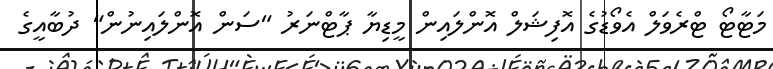
މަޓާޓޯ ޓްރެވަލް އެވޯޑުގެ އޮފިޝަލް އޮންލައިން މީޑިޔާ ޕާޓްނަރު "ސަން އޮންލައިނުން" ދުބާއީގެ